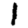
Digit: 1